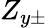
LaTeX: Z_{y\pm}